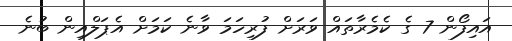
އައިފޯން 7 ގެ ކެމެރާތައް ވަރަށް ފުރިހަމަ ވާނެ ކަމަށް އެޕަލްއިން ބުނެ